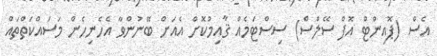
އެސް (ޕޮއިންޓް އޮފް ސޭލްސް) ސިސްޓަމެއް ޤާއިމުކޮށް އެއަށް ބޭނުންވާ އެހެނިހެން މަސައްކަތްތައް